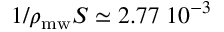
1 / \rho _ { \mathrm { m w } } S \simeq 2 . 7 7 \; 1 0 ^ { - 3 }